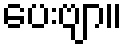
ပေးဗျာ။